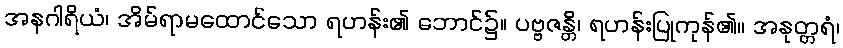
အနဂါရိယံ၊ အိမ်ရာမထောင်သော ရဟန်း၏ ဘောင်၌။ ပဗ္ဗဇန္တိ၊ ရဟန်းပြုကုန်၏။ အနုတ္တရံ၊